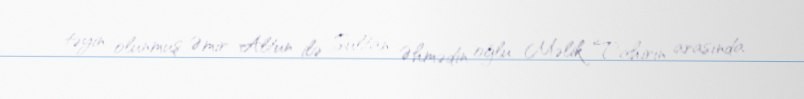
təyin olunmuş Əmir Altun ilə Sultan Əhmədin oğlu Məlik Tahirin arasında